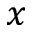
x